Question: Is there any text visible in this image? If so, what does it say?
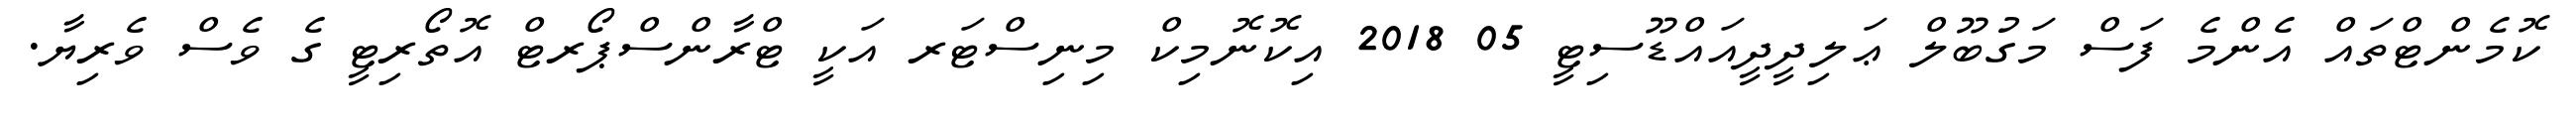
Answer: ކޮމެންޓްތައް އެންމެ ފަސް މަގުބޫލް ޢަލިދީދީއައްޑޫސިޓީ 05 2018 އިކޮނޮމިކް މިނިސްޓަރ އަކީ ޓްރާންސްޕޯރޓް އޮތޯރިޓީ ގެ ވެސް ވެރިޔާ.